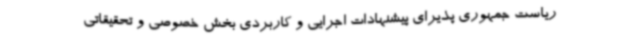
ریاست جمهوری پذیرای پیشنهادات اجرایی و کاربردی بخش خصوصی و تحقیقاتی